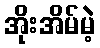
အိုးအိမ်မဲ့